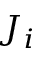
J _ { i }